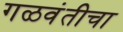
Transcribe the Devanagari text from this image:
गळवंतीचा